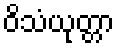
ဝိသံယုတ္တာ